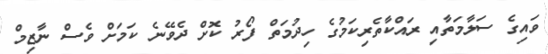
ވައިގެ ސަލާމަތާއި ރައްކާތެރިކަމުގެ ހިދުމަތް ފޯރު ކޮށް ދެވޭނެ ކަމަށް ވެސް ނާޒިމް